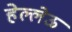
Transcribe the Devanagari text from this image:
हेल्लेऊ